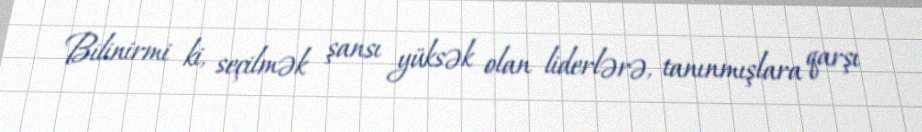
Bilinirmi ki, seçilmək şansı yüksək olan liderlərə, tanınmışlara qarşı